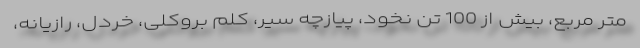
متر مربع، بیش از 100 تن نخود، پیازچه سیر، کلم بروکلی، خردل، رازیانه،